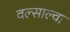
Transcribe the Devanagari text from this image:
वल्साल्वा